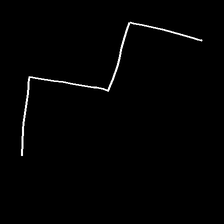
Glyph: crush